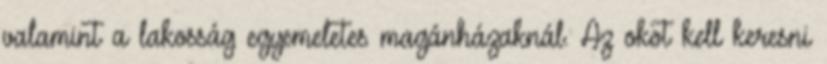
valamint a lakosság egyemeletes magánházaknál. Az okot kell keresni